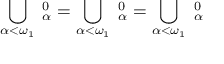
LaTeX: \bigcup _ { \alpha < \omega _ { 1 } } \mathbf { \Sigma } _ { \alpha } ^ { 0 } = \bigcup _ { \alpha < \omega _ { 1 } } \mathbf { \Pi } _ { \alpha } ^ { 0 } = \bigcup _ { \alpha < \omega _ { 1 } } \mathbf { \Delta } _ { \alpha } ^ { 0 }